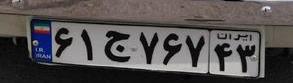
۶۱ج۷۶۷۴۳